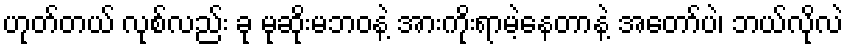
ဟုတ်တယ် လုစ်လည်း ခု မုဆိုးမဘဝနဲ့ အားကိုးရာမဲ့နေတာနဲ့ အတော်ပဲ၊ ဘယ်လိုလဲ